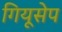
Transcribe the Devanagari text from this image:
गियूसेप